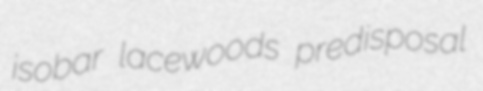
isobar lacewoods predisposal